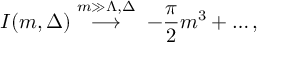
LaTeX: I ( m , \Delta ) \stackrel { m \gg \Lambda , \Delta } { \longrightarrow } \; - \frac { \pi } { 2 } m ^ { 3 } + \ldots ,